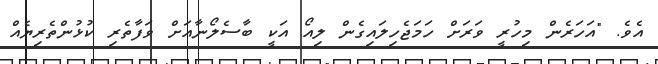
އެވެ. "އަހަރެން މިހުރީ ވަރަށް ހަމަޖެހިލައިގެން ލިއޯ އަކީ ބާސެލޯނާއަށް ވަފާތެރި ކުޅުންތެރިޔެއް